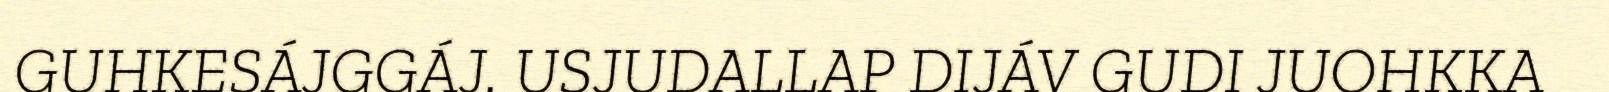
GUHKESÁJGGÁJ. USJUDALLAP DIJÁV GUDI JUOHKKA